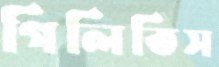
গিলিতিস